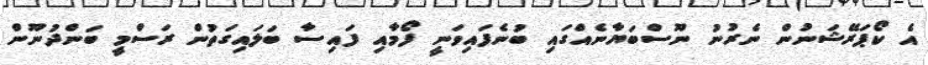
އެ ކޯޕަރޭޝަނުން ނެރުނު ނޫސްބަޔާނެއްގައި ބުނެފައިވަނީ ފޯމާއި ފައިސާ ބަލައިގަތުން ރަސްމީ ބަންދުނޫން